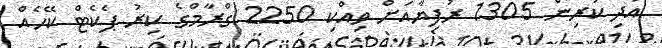
އަދި ކުރިން 1305 ރުފިޔާއަށް ވިއްކި 2250 ގްރާމްގެ ކިރު ޕެކެޓް ކޭހެއް